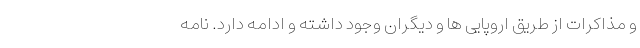
و مذاکرات از طریق اروپایی ها و دیگران وجود داشته و ادامه دارد. نامه